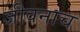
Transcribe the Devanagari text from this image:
जीवनाच